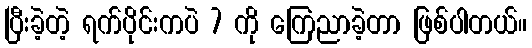
ပြီးခဲ့တဲ့ ရက်ပိုင်းကပဲ 7 ကို ကြေညာခဲ့တာ ဖြစ်ပါတယ်။